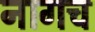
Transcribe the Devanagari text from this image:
नागच